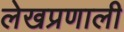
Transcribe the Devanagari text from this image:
लेखप्रणाली